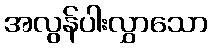
အလွန်ပါးလွှာသော